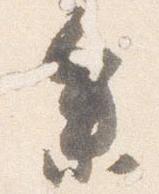
参